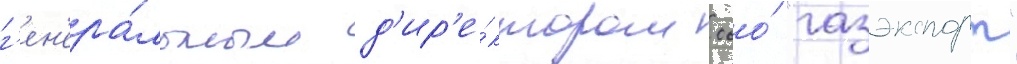
г'ен'ера́льным д'ир'е́ктором ооо́ "газэкспорт"